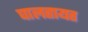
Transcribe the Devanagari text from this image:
घालतायत